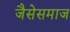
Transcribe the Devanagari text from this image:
जैसेसमाज